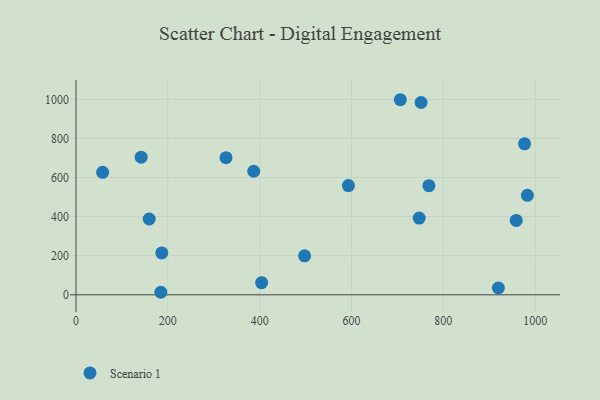
{"axis": {"x": "Ad Spend", "y": "Fuel Efficiency"}, "legend": ["Scenario 1"], "data": [{"x": "404.3", "y": 62.3, "type": "Scenario 1"}, {"x": "751.6", "y": 983.9, "type": "Scenario 1"}, {"x": "958.8", "y": 380.4, "type": "Scenario 1"}, {"x": "159.4", "y": 387.8, "type": "Scenario 1"}, {"x": "326.7", "y": 701.8, "type": "Scenario 1"}, {"x": "593.3", "y": 558.7, "type": "Scenario 1"}, {"x": "186.9", "y": 214.5, "type": "Scenario 1"}, {"x": "747.5", "y": 392.7, "type": "Scenario 1"}, {"x": "976.9", "y": 772.6, "type": "Scenario 1"}, {"x": "58.0", "y": 626.4, "type": "Scenario 1"}, {"x": "768.6", "y": 558.2, "type": "Scenario 1"}, {"x": "387.1", "y": 632.0, "type": "Scenario 1"}, {"x": "184.8", "y": 13.0, "type": "Scenario 1"}, {"x": "497.9", "y": 199.7, "type": "Scenario 1"}, {"x": "706.4", "y": 998.0, "type": "Scenario 1"}, {"x": "983.1", "y": 509.0, "type": "Scenario 1"}, {"x": "919.9", "y": 34.9, "type": "Scenario 1"}, {"x": "141.9", "y": 704.0, "type": "Scenario 1"}]}